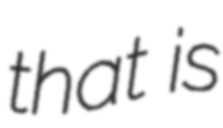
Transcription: that is